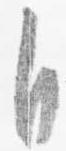
自